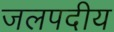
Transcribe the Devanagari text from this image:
जलपदीय